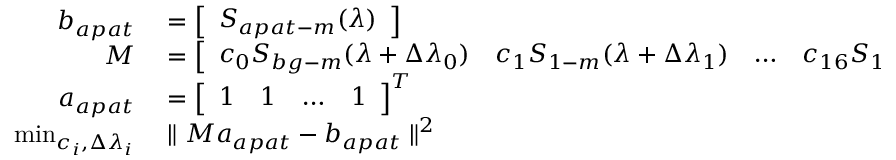
\begin{array} { r l } { b _ { a p a t } } & { { } = \left[ \begin{array} { l } { S _ { a p a t - m } ( \lambda ) } \end{array} \right] } \\ { M } & { { } = \left[ \begin{array} { l l l l } { c _ { 0 } S _ { b g - m } ( \lambda + \Delta \lambda _ { 0 } ) } & { c _ { 1 } S _ { 1 - m } ( \lambda + \Delta \lambda _ { 1 } ) } & { \ldots } & { c _ { 1 6 } S _ { 1 6 - m } ( \lambda + \Delta \lambda _ { 1 6 } ) } \end{array} \right] } \\ { a _ { a p a t } } & { { } = \left[ \begin{array} { l l l l } { 1 } & { 1 } & { \ldots } & { 1 } \end{array} \right] ^ { T } } \\ { \operatorname* { m i n } _ { c _ { i } , \Delta \lambda _ { i } } } & { { } \parallel M a _ { a p a t } - b _ { a p a t } \parallel ^ { 2 } } \end{array}